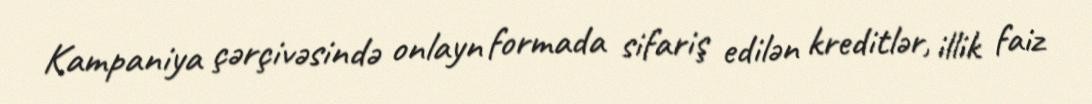
Kampaniya çərçivəsində onlayn formada sifariş edilən kreditlər, illik faiz